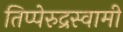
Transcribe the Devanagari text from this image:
तिप्पेरुद्रस्वामी